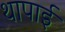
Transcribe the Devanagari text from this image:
थापाई